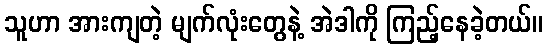
သူဟာ အားကျတဲ့ မျက်လုံးတွေနဲ့ အဲဒါကို ကြည့်နေခဲ့တယ်။